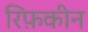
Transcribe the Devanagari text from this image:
रिफ़कीन